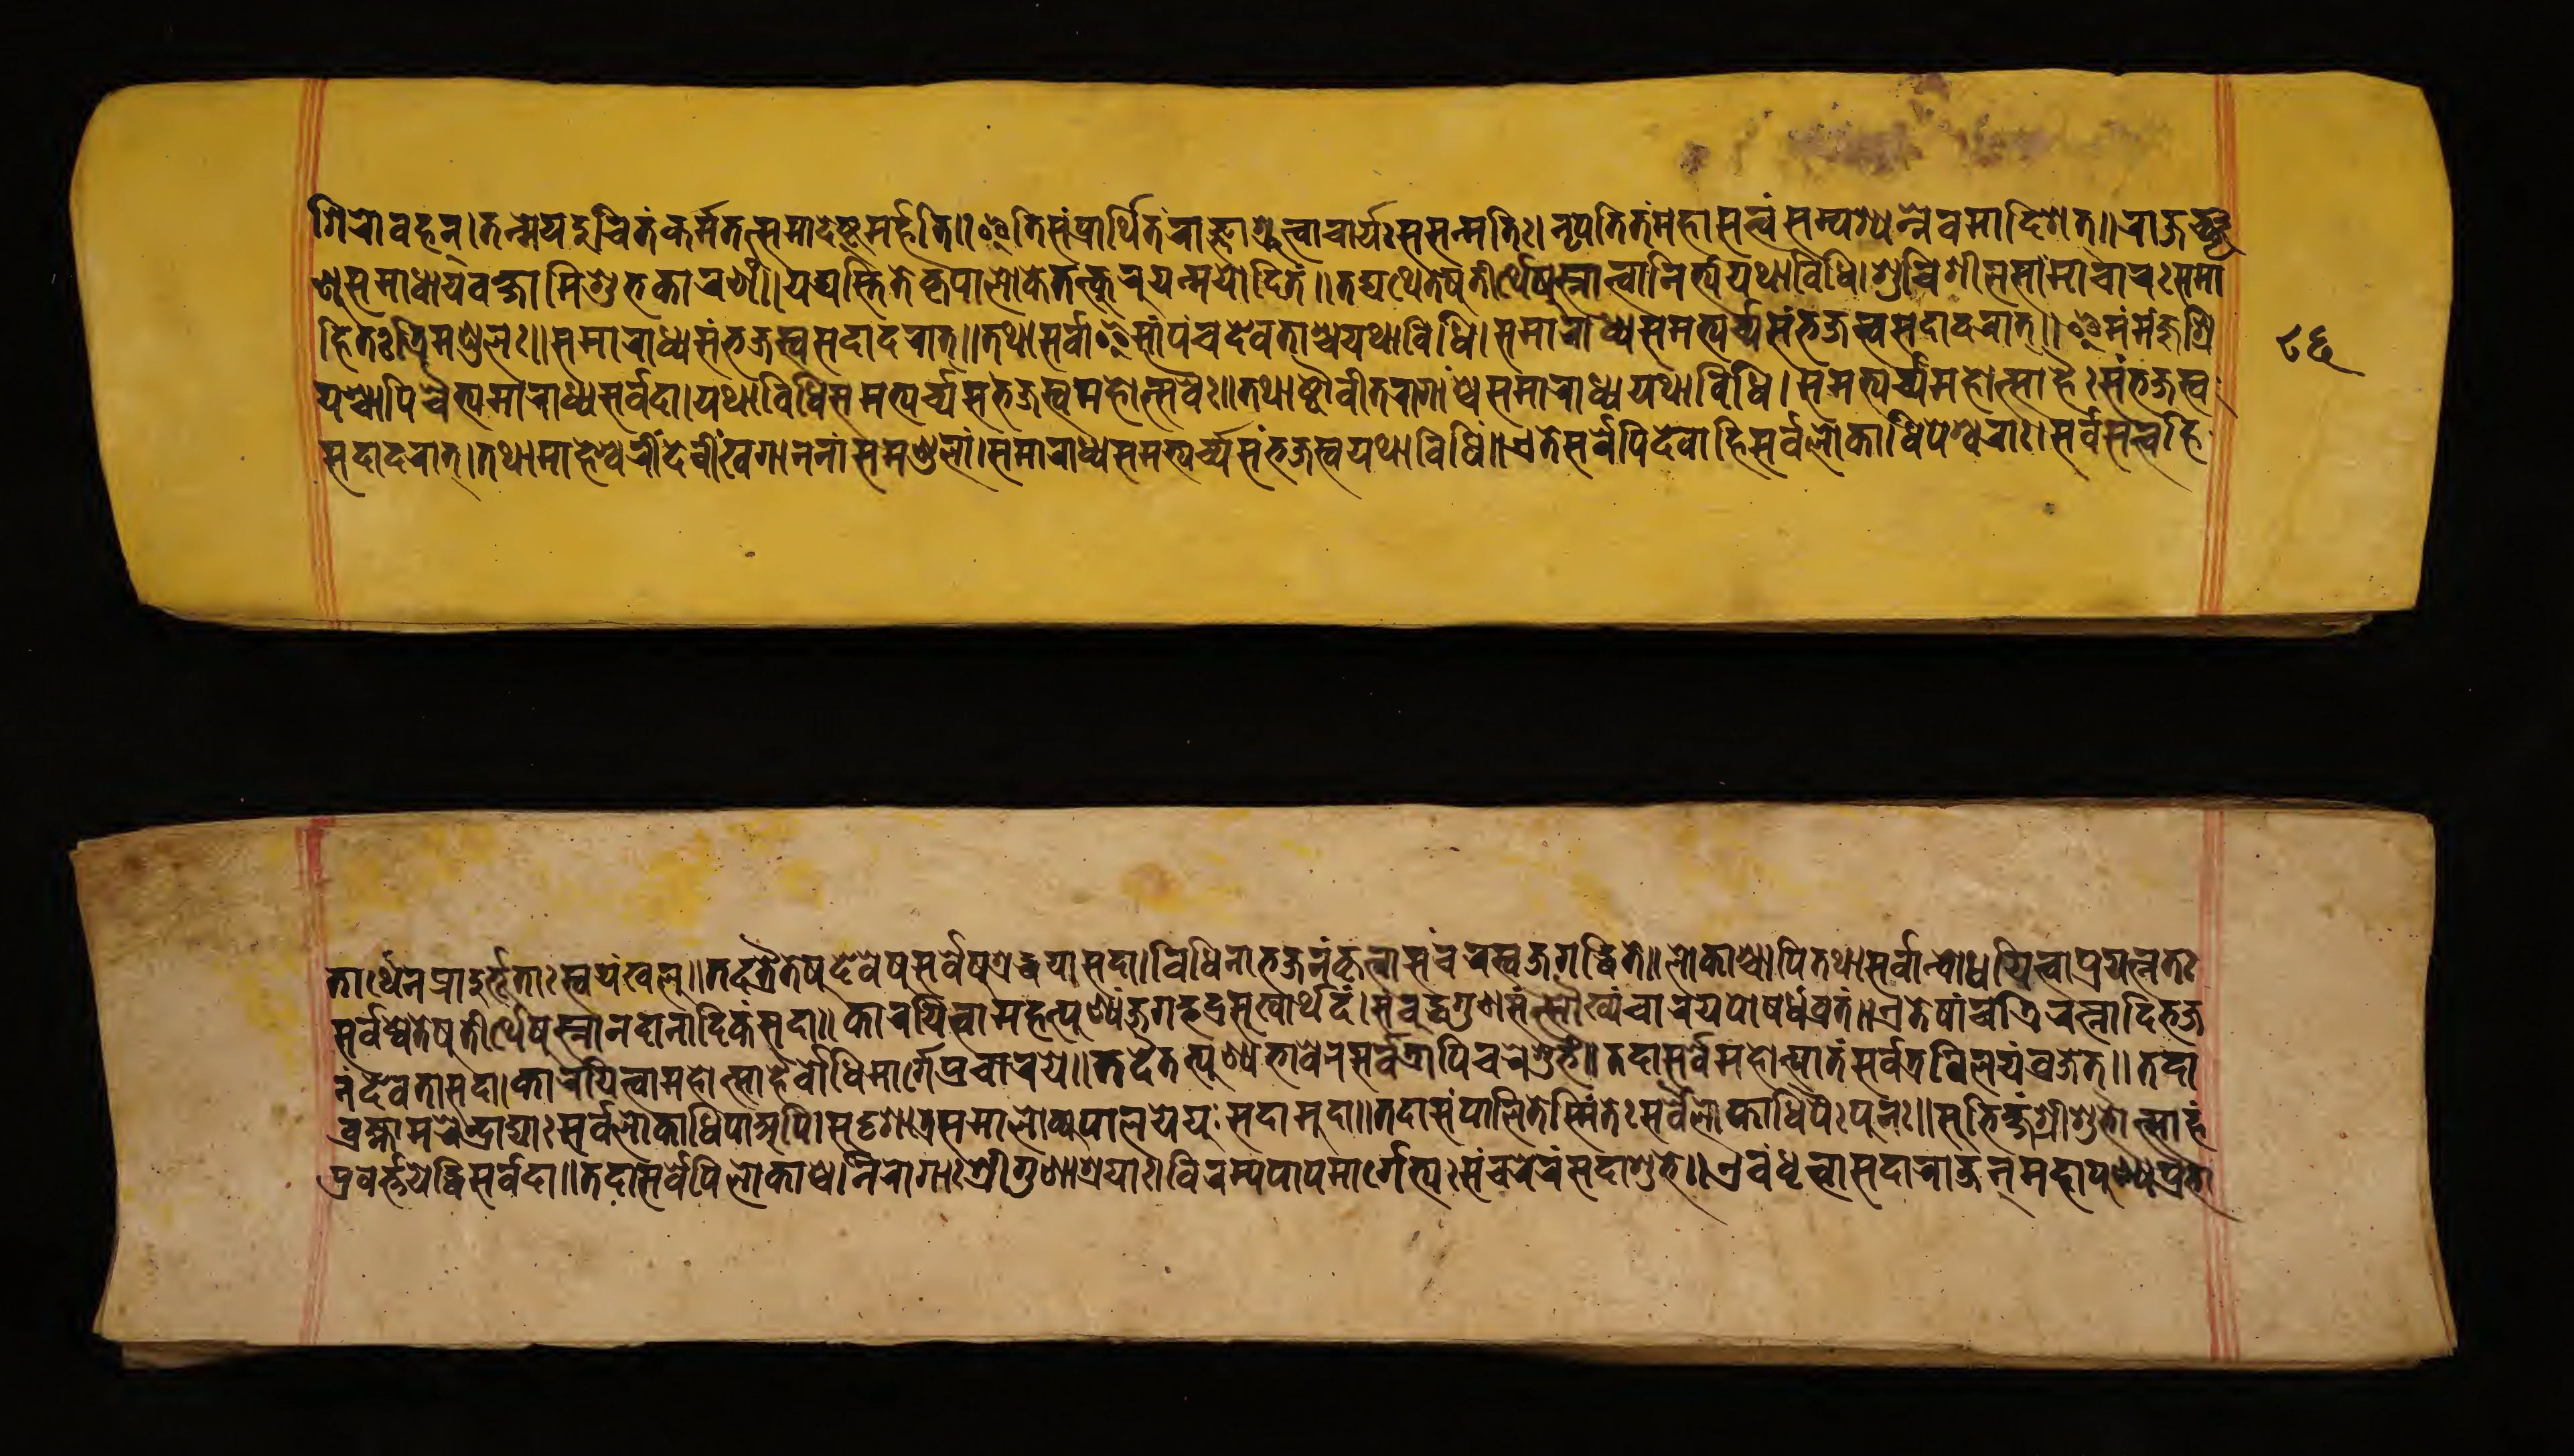
𑐱𑐶𑐬𑐵𑐰𑐴𑐣𑑂𑑋𑐟𑐟𑑂𑐩𑐾𑐫𑐡𑐸𑐔𑐶𑐟𑑄𑐢𑐬𑑂𑐩𑑂𑐩𑐟𑐟𑑂𑐳𑐩𑐵𑐡𑐾𑐲𑑂𑐚𑐸𑐩𑐬𑑂𑐴𑐟𑐶𑑌𑐂𑐟𑐶𑐳𑑄𑐥𑑂𑐬𑐵𑐬𑑂𑐠𑐶𑐟𑑄𑐬𑐵𑐖𑑂𑐘𑐵𑐱𑑂𑐬𑐸𑐟𑑂𑐰𑐵𑐔𑐵𑐬𑑂𑐫𑑅𑐳𑐳𑐟𑑂𑐩𑐟𑐶𑑅𑑋𑐣𑐺𑐥𑐟𑐶𑑄𑐟𑑄𑐩𑐴𑐵𑐳𑐟𑑂𑐟𑑂𑐰𑑄𑐳𑐩𑑂𑐥𑐱𑑂𑐫𑐣𑑂𑐣𑐾𑐰𑐩𑐵𑐡𑐶𑐱𑐟𑑂𑑌𑐬𑐵𑐖𑐘𑑂𑐕𑐺 𑐞𑐸𑐳𑐩𑐵𑐢𑐵𑐫𑐰𑐎𑑂𑐲𑑂𑐫𑐵𑐩𑐶𑐱𑐸𑐨𑐎𑐵𑐬𑐞𑑄𑑋𑐫𑐡𑑂𑐫𑐳𑑂𑐟𑐶𑐟𑐾𑐎𑐺𑐥𑐵𑐮𑑀𑐎𑐟𑐟𑑂𑐎𑐸𑐬𑐸𑐫𑐣𑑂𑐩𑐫𑑀𑐡𑐶𑐟𑑄𑑌𑐟𑐡𑑂𑐫𑐠𑐿𑐟𑐾𑐲𑐸𑐟𑐷𑐬𑑂𑐠𑐾𑐲𑐸𑐳𑑂𑐣𑐵𑐟𑑂𑐰𑐵𑐣𑐶𑐟𑑂𑐫𑑄𑐫𑐠𑐵𑐰𑐶𑐢𑐶𑑋𑐱𑐸𑐔𑐶𑐱𑐷𑐮𑐳𑐩𑐵𑐔𑐵𑐬𑑅𑐳𑐩𑐵 𑐴𑐶𑐟𑑅𑐟𑑂𑐬𑐶𑐩𑐞𑑂𑐜𑐮𑑅𑑌𑐳𑐩𑐵𑐬𑐵𑐢𑑂𑐫𑐳𑑄𑐨𑐖𑐳𑑂𑐰𑐳𑐡𑐵𑐡𑐬𑐵𑐟𑑂𑑌𑐟𑐠𑐵𑐳𑐬𑑂𑐰𑐵𑐂𑐩𑐵𑐥𑐘𑑂𑐔𑐡𑐾𑐰𑐟𑐵𑐱𑑂𑐔𑐫𑐠𑐵𑐰𑐶𑐢𑐶𑑋𑐳𑐩𑐵𑐬𑐵𑐢𑑂𑐫𑐳𑐩𑐨𑑂𑐫𑐬𑑂𑐔𑑂𑐫𑐳𑑄𑐨𑐖𑐳𑑂𑐰𑐳𑐡𑐵𑐡𑐬𑐵𑐟𑑂𑑌𑐂𑐩𑑄𑐩𑐘𑑂𑐖𑐸𑐱𑑂𑐬𑐷 𑐫𑑄𑐱𑑂𑐔𑐵𑐥𑐶𑐔𑐿𑐟𑑂𑐫𑐩𑐵𑐬𑐵𑐢𑑂𑐫𑐳𑐬𑑂𑐰𑐡𑐵𑑋𑐫𑐠𑐵𑐰𑐶𑐢𑐶𑐳𑐩𑐨𑑂𑐫𑐬𑑂𑐔𑑂𑐫𑐳𑑄𑐨𑐖𑐳𑑂𑐰𑐩𑐴𑑀𑐟𑑂𑐳𑐰𑐿𑑅𑑌𑐟𑐠𑐵𑐲𑑂𑐚𑑁𑐰𑐷𑐟𑐬𑐵𑐐𑐵𑑄𑐱𑑂𑐔𑐳𑐩𑐵𑐬𑐵𑐢𑑂𑐫𑐫𑐠𑐵𑐰𑐶𑐢𑐶𑑋𑐳𑐩𑐨𑑂𑐫𑐬𑑂𑐔𑑂𑐫𑐩𑐴𑑀𑐟𑑂𑐳𑐵𑐴𑐿𑑅𑐳𑑄𑐨𑐖𑐳𑑂𑐰 𑐳𑐡𑐵𑐡𑐬𑐵𑐟𑑂𑑌𑐟𑐠𑐵𑐩𑐵𑐴𑐾𑐱𑑂𑐰𑐬𑐷𑑄𑐡𑐾𑐰𑐷𑐏𑐐𑐵𑐣𑐣𑐵𑑄𑐳𑐩𑐵𑐡𑐬𑐵𑑄𑑋𑐳𑐩𑐵𑐬𑐵𑐢𑑂𑐫𑐳𑐩𑐨𑑂𑐫𑐬𑑂𑐔𑑂𑐫𑐳𑑄𑐨𑐖𑐳𑑂𑐰𑐫𑐠𑐵𑐰𑐶𑐢𑐶𑑄𑑌𑐊𑐟𑐾𑐳𑐬𑑂𑐰𑐾𑐥𑐶𑐡𑐾𑐰𑐵𑐴𑐶𑐳𑐬𑑂𑐰𑐮𑑀𑐎𑐵𑐢𑐶𑐥𑐾𑐱𑑂𑐰𑐬𑐵𑑅𑑋𑐳𑐬𑑂𑐰𑐳𑐟𑑂𑐟𑑂𑐰𑐴𑐶 𑐟𑐵𑐬𑑂𑐠𑐾𑐣𑐥𑑂𑐬𑐵𑐡𑐸𑐬𑑂𑐨𑐹𑐟𑐵𑑅𑐳𑑂𑐰𑐫𑑄𑐏𑐮𑐸𑑌𑐟𑐡𑐟𑑂𑐬𑐿𑐟𑐾𑐲𑐸𑐡𑐾𑐰𑐾𑐲𑐸𑐳𑐬𑑂𑐰𑐾𑐲𑐸𑐱𑑂𑐬𑐡𑑂𑐢𑐫𑐵𑐳𑐡𑐵𑑋𑐰𑐶𑐢𑐶𑐣𑐵𑐨𑐖𑐣𑑄𑐎𑐺𑐟𑑂𑐰𑐵𑐳𑑄𑐔𑐬𑐳𑑂𑐰𑐖𑐐𑐡𑑂𑐢𑐶𑐟𑐾𑑌𑐮𑑀𑐎𑐵𑑄𑐱𑑂𑐔𑐵𑐥𑐶𑐟𑐠𑐵𑐳𑐬𑑂𑐰𑐵𑐣𑑂𑐧𑑀𑐢𑐫𑐶𑐟𑑂𑐰𑐵𑐥𑑂𑐬𑐫𑐟𑑂𑐣𑐟𑑅 𑐳𑐬𑑂𑐰𑐾𑐲𑑂𑐰𑐾𑐟𑐾𑐲𑐸𑐟𑐷𑐬𑑂𑐠𑐾𑐲𑐸𑐳𑑂𑐣𑐵𑐣𑐡𑐵𑐣𑐵𑐡𑐶𑐎𑑄𑐳𑐡𑐵𑑌𑐎𑐵𑐬𑐫𑐶𑐟𑑂𑐰𑐵𑐩𑐴𑐟𑑂𑐥𑐸𑐞𑑂𑐫𑑄𑐖𑐐𑐡𑑂𑐨𑐡𑑂𑐬𑐳𑐸𑐏𑐵𑐬𑑂𑐠𑐡𑑄𑑋𑐳𑑄𑐧𑐸𑐡𑑂𑐢𑐐𑐸𑐞𑐳𑐟𑑂𑐳𑑁𑐏𑑂𑐫𑑄𑐔𑐵𑐬𑐫𑐥𑑀𑐲𑐢𑑄𑐰𑑂𑐬𑐟𑑄𑑌𑐊𑐟𑐾𑐲𑐵𑑄𑐔𑐟𑑂𑐬𑐶𑐬𑐟𑑂𑐣𑐵𑐡𑐶𑐖 𑐖𑑄𑐡𑐾𑐰𑐵𑐟𑑂𑐳𑐡𑐵𑑋𑐎𑐵𑐬𑐫𑐶𑐟𑑂𑐰𑐵𑐩𑐴𑑀𑐟𑑂𑐳𑐵𑐴𑐿𑐬𑑂𑐧𑑀𑐢𑐶𑐩𑐵𑐬𑑂𑐐𑐾𑐥𑑂𑐬𑐔𑐵𑐬𑐫𑑌𑐟𑐡𑐿𑐟𑐟𑑂𑐥𑐸𑐞𑑂𑐫𑐨𑐵𑐰𑐾𑐣𑐳𑐬𑑂𑐰𑐟𑑂𑐬𑐵𑐥𑐶𑐔𑐬𑐔𑑂𑐕𑐸𑐨𑑄𑑋𑐟𑐡𑐵𑐳𑐬𑑂𑐰𑐩𑐴𑑀𑐟𑑂𑐥𑐵𑐟𑑄𑐳𑐬𑑂𑐰𑐟𑑂𑐬𑐰𑐶𑐮𑐫𑑄𑐰𑑂𑐬𑐖𑐾𑐟𑑂𑑌𑐟𑐡𑐵 𑐧𑑂𑐬𑐴𑑂𑐩𑐩𑐬𑐾𑐣𑑂𑐡𑑂𑐬𑐵𑐡𑑂𑐫𑐵𑑅𑐳𑐬𑑂𑐰𑐾𑐮𑑀𑐎𑐵𑐢𑐶𑐥𑐵𑐀𑐥𑐶𑑋𑐳𑐸𑐡𑐺𑐱𑐵𑐟𑑂𑐬𑐳𑐩𑐵𑐮𑑀𑐎𑑂𑐫𑐥𑐵𑐮𑐫𑐾𑐫𑐸𑑅𑐳𑐡𑐵𑐩𑐸𑐡𑐵𑑌𑐟𑐡𑐵𑐳𑑄𑐥𑐵𑐮𑐶𑐟𑐾𑐳𑑂𑐩𑐶𑑄𑐣𑐟𑐿𑑅𑐳𑐰𑐿𑐬𑑂𑐮𑑀𑐎𑐵𑐢𑐶𑐥𑐿𑑅𑐥𑐸𑐣𑑅𑑋𑐳𑐸𑐨𑐶𑐎𑑂𑐲𑑄𑐱𑑂𑐬𑐷𑐱𑐸𑐨𑑀𑐟𑑂𑐳𑐵𑐴𑑄 𑐥𑑂𑐬𑐰𑐬𑑂𑐟𑑂𑐟𑐫𑐾𑐡𑑂𑐢𑐶𑐳𑐬𑑂𑐰𑐡𑐵𑑌𑐟𑐡𑐵𑐳𑐬𑑂𑐧𑐾𑐥𑐶𑐮𑑀𑐎𑐵𑐱𑑂𑐔𑐣𑐷𑐬𑑀𑐐𑐵𑑅𑐱𑑂𑐬𑐷𑐐𑐸𑐞𑐵𑐱𑑂𑐬𑐫𑐵𑑅𑑋𑐰𑐶𑐬𑐩𑑂𑐫𑐥𑐵𑐥𑐩𑐵𑐬𑑂𑐐𑐾𑐨𑑂𑐫𑑅𑐳𑑄𑐔𑐬𑐾𑐬𑐣𑑂𑐳𑐡𑐵𑐱𑐸𑐨𑐾𑑌𑐊𑐰𑑄𑐢𑐺𑐟𑑂𑐰𑐵𑐳𑐡𑐵𑐬𑐵𑐖𑐣𑑂𑐩𑐴𑐵𑐥𑐸𑐞𑑂𑐫𑐥𑑂𑐬𑐨𑐵 𑑘𑑖